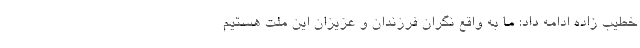
خطیب زاده ادامه داد: ما به واقع نگران فرزندان و عزیزان این ملت هستیم